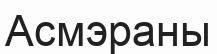
Асмэраны